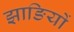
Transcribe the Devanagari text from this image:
झाङियों